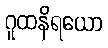
ဂူထနိရယော